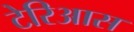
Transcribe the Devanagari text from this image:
टेरिआस